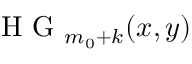
\mathrm { ~ H ~ G ~ } _ { m _ { 0 } + k } ( x , y )